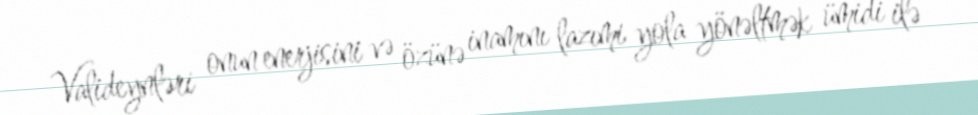
Valideynləri onun enerjisini və özünə inamını lazımi yola yönəltmək ümidi ilə